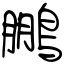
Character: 鵬